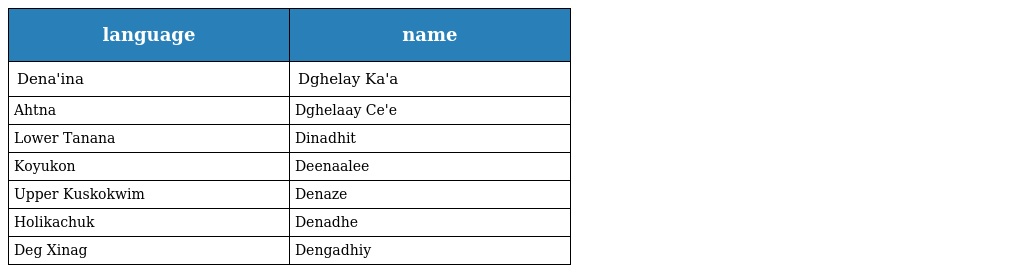
| language | name |
 | --- | --- |
 | Dena'ina | Dghelay Ka'a |
 | Ahtna | Dghelaay Ce'e |
 | Lower Tanana | Dinadhit |
 | Koyukon | Deenaalee |
 | Upper Kuskokwim | Denaze |
 | Holikachuk | Denadhe |
 | Deg Xinag | Dengadhiy |